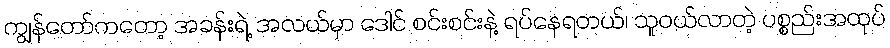
ကျွန်တော်ကတော့ အခန်းရဲ့ အလယ်မှာ ဒေါင် စင်းစင်းနဲ့ ရပ်နေရတယ်၊ သူဝယ်လာတဲ့ ပစ္စည်းအထုပ်